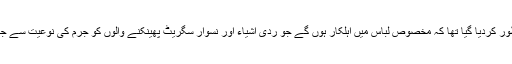
ایسے نقصانات کے روک تھام کے لئے چند سال قبل ایک اور قانون وفاقی دارلحکومت اسلام آباد کے لئے منظور کردیا گیا تھا کہ مخصوص لباس میں اہلکار ہوں گے جو ردی اشیاء اور نسوار سگریٹ پھینکنے والوں کو جرم کی نوعیت سے جرمانہ کرے گا مگر قانون بھی صرف منظوری کی حد تک ہی محدود رہا اور عملی طور پر لاگو نہیں ہوسکا۔